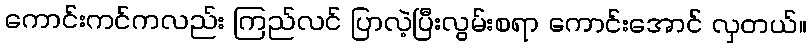
ကောင်းကင်ကလည်း ကြည်လင် ပြာလဲ့ပြီးလွမ်းစရာ ကောင်းအောင် လှတယ်။